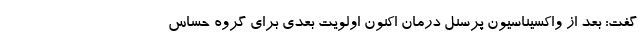
گفت: بعد از واکسیناسیون پرسنل درمان اکنون اولویت بعدی برای گروه حساس